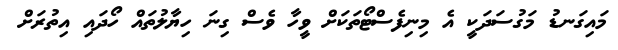
މައިގަނޑު މަގުސަދަކީ އެ މިނިފެސްޓޯތަކަށް ވީހާ ވެސް ގިނަ ހިޔާލުތައް ހޯދައި އިތުރަށް